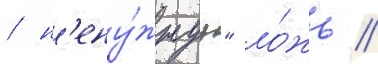
/ н'ену́жнуу" ло́жь //